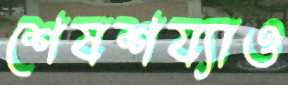
শেষশয্যাও